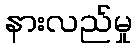
နားလည်မှု